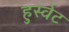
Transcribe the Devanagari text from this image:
हुस्वेट